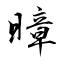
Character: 暲